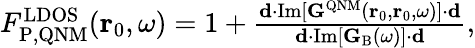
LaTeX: \begin{array}{r}{F_{\mathrm{P,QNM}}^{\mathrm{LDOS}}(\mathbf{r}_{0},\omega)=1+\frac{\mathbf{d}\cdot\mathrm{Im}[\mathbf{G}^{\mathrm{QNM}}(\mathbf{r}_{0},\mathbf{r}_{0},\omega)]\cdot\mathbf{d}}{\mathbf{d}\cdot\mathrm{Im}[\mathbf{G}_{\mathrm{B}}(\omega)]\cdot\mathbf{d}},}\end{array}